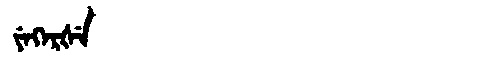
Manchu: ᠶᡝᡴᡝᡵᡧᡝ
Romanization: YEKERŠE